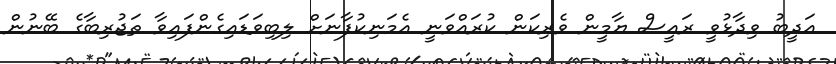
އަދީބު ވިދާޅުވީ ރައީސް ޔާމީން ވެރިކަން ކުރައްވަނީ އެމަނިކުފާނަށް ލިބިވަޑައިގެންފައިވާ ތަޖުރިބާގެ ބޭނުން